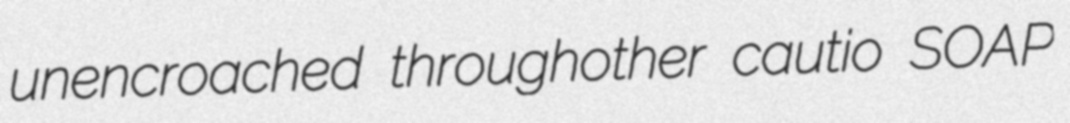
unencroached throughother cautio SOAP